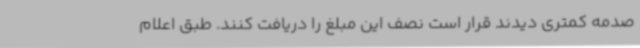
صدمه کمتری دیدند قرار است نصف این مبلغ را دریافت کنند. طبق اعلام